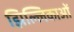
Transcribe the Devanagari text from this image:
झिल्लिकाओं